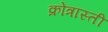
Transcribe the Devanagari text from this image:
क्रोंत्रास्ती